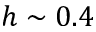
h \sim 0 . 4